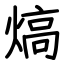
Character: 熇